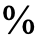
%